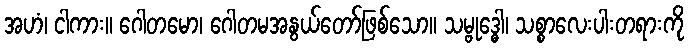
အဟံ၊ ငါကား။ ဂေါတမော၊ ဂေါတမအနွယ်တော်ဖြစ်သော။ သမ္ဗုဒ္ဓေါ၊ သစ္စာလေးပါးတရားကို